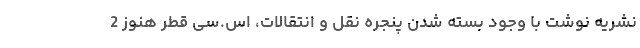
نشریه نوشت با وجود بسته شدن پنجره نقل و انتقالات، اس.سی قطر هنوز 2